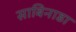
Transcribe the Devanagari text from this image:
साबिनाडा